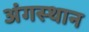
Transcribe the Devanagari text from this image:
अंगस्थान